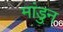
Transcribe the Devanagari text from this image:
मांडुन